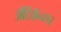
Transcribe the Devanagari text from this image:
अँटिकॅन्सर